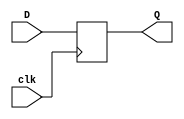
`timescale 1ns / 1ps
//////////////////////////////////////////////////////////////////////////////////
// Company: 
// Engineer: 
// 
// Design Name: 
// Module Name: RisingEdge_DFlipFlop
// Project Name: 
// Target Devices: 
// Tool Versions: 
// Description: 
// 
// Dependencies: 
// 
// Revision:
// Revision 0.01 - File Created
// Additional Comments:
// 
//////////////////////////////////////////////////////////////////////////////////


module RisingEdge_DFlipFlop(D,clk,Q);
    input D, clk;
    output reg Q;
    
    always@(posedge clk)
        begin
            Q <= D;
        end
endmodule